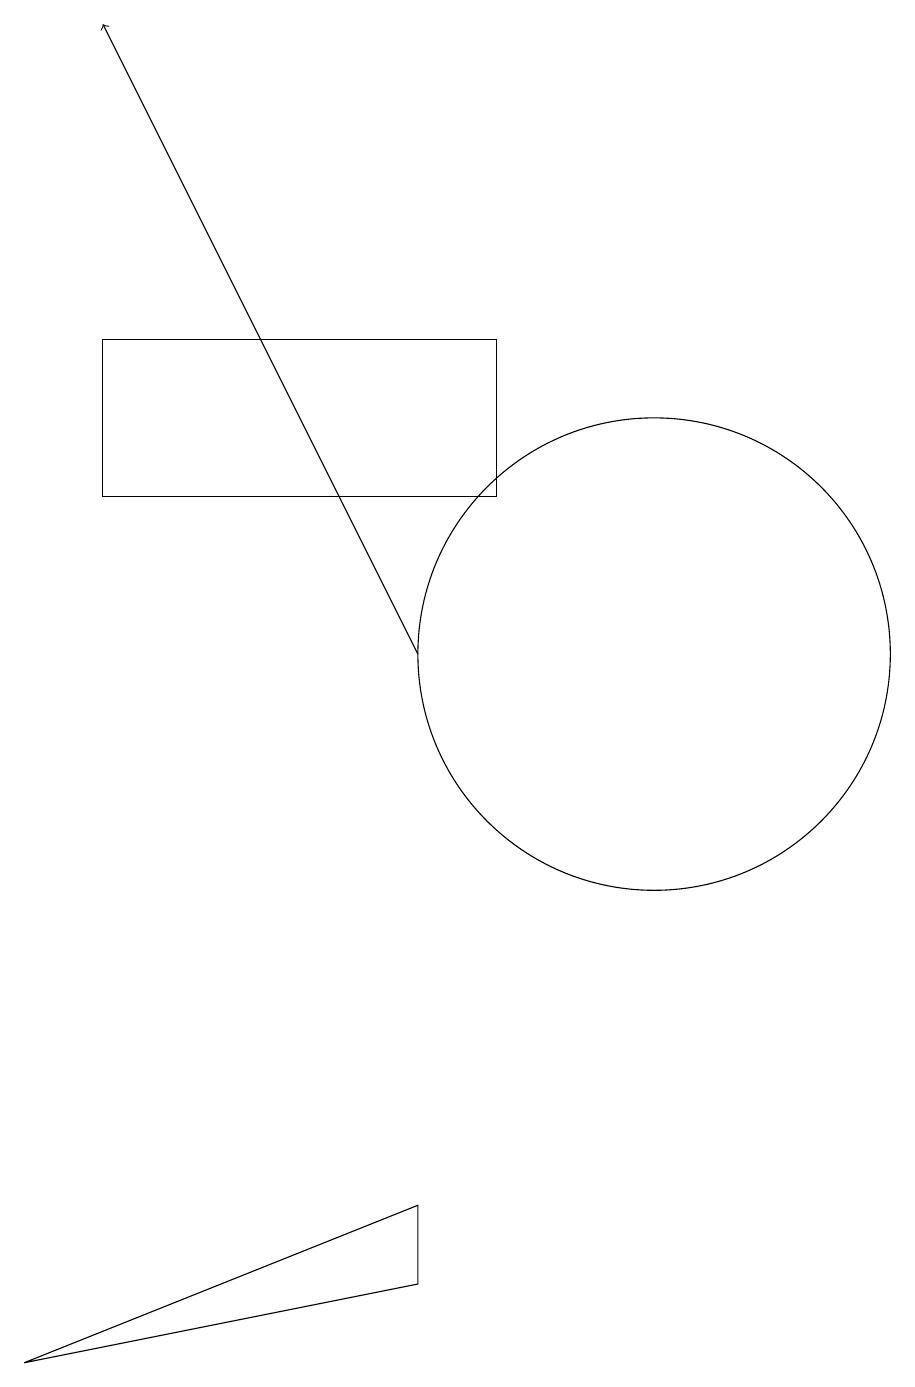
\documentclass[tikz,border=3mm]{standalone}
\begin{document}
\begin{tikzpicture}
\draw (7,4) -- (7,3) -- (2,2) -- cycle;
\draw (10,11) circle (3);
\draw (8,13) rectangle (3,15);
\draw[->] (7,11) -- (3,19);
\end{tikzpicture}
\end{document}